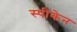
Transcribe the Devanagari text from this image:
स्पीकेन